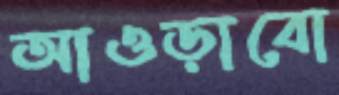
আওড়াবো